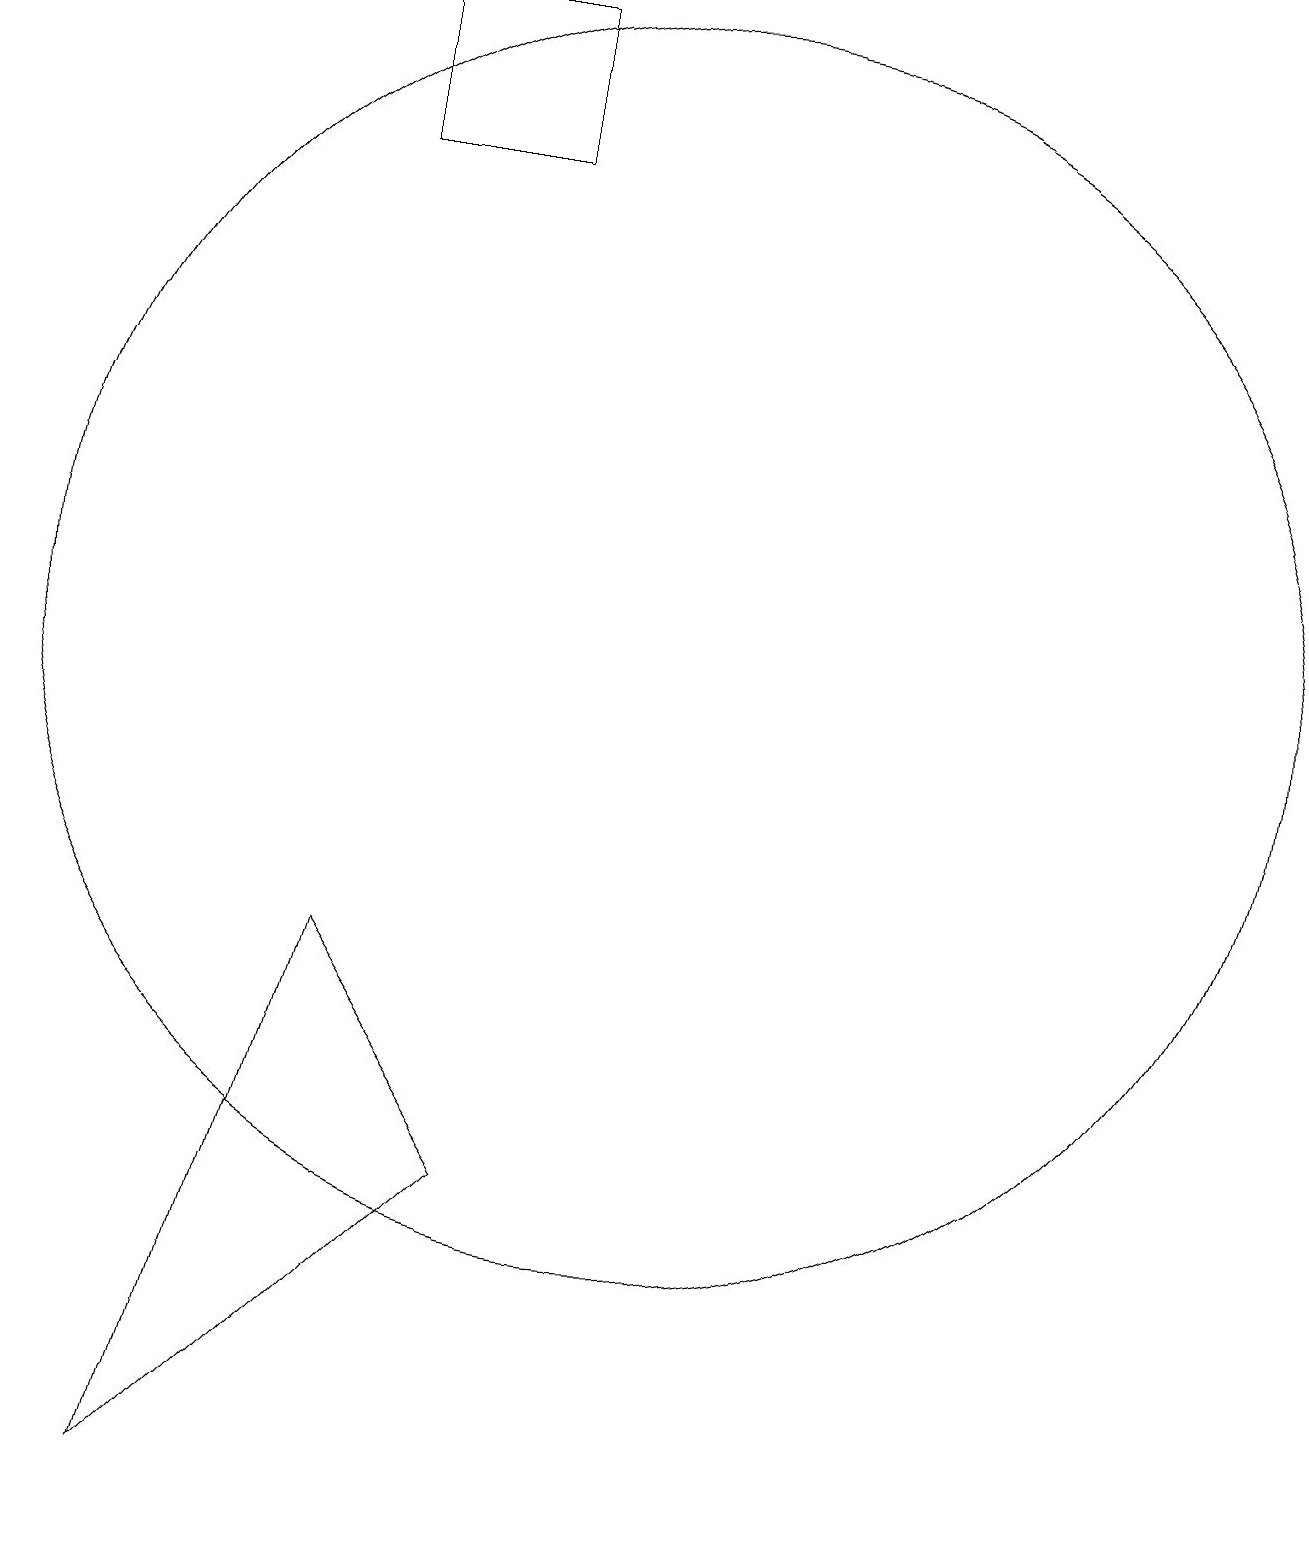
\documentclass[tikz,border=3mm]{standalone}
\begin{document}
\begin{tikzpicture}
\draw (10,11) circle (8);
\draw (8,4) -- (4,0) -- (6,7) -- cycle;
\draw (6,17) rectangle (8,19);
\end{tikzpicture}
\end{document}